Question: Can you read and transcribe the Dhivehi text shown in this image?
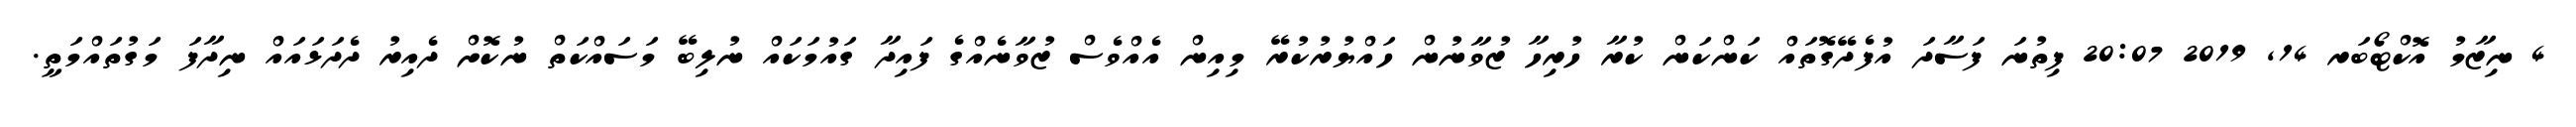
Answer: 4 ނިޒާމު އޮކްޓޯބަރ 14, 2019 20:07 ފިތުނަ ފަސާދަ އުފެދޭގޮތައް ކަންކަން ކުރާ ހުރިހާ ޒުވާނުން ހައްޔުރުކުރޭ މިއިން އެއްވެސް ޒުވާނެއްގެ ފައިދާ ގައުމަކައް ނުލިބޭ މަސައްކަތް ނުކޮށް ދެއިރު ދެދަޅައައް ނިދާފަ މަގުތައްމަތީ.